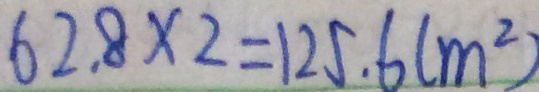
6 2 . 8 \times 2 = 1 2 5 . 6 ( m ^ { 2 } )